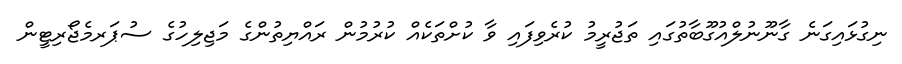
ނިގުޅައިގަނެ ގާނޫނުލްއުގޫބާތުގައި ތަޖުރީމު ކުރެވިފައި ވާ ކުށްތަކެއް ކުރުމުން ރައްޔިތުންގެ މަޖިލިހުގެ ސުޕަރމެޖޯރިޓީން